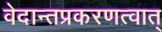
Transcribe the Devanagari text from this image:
वेदान्तप्रकरणत्वात्